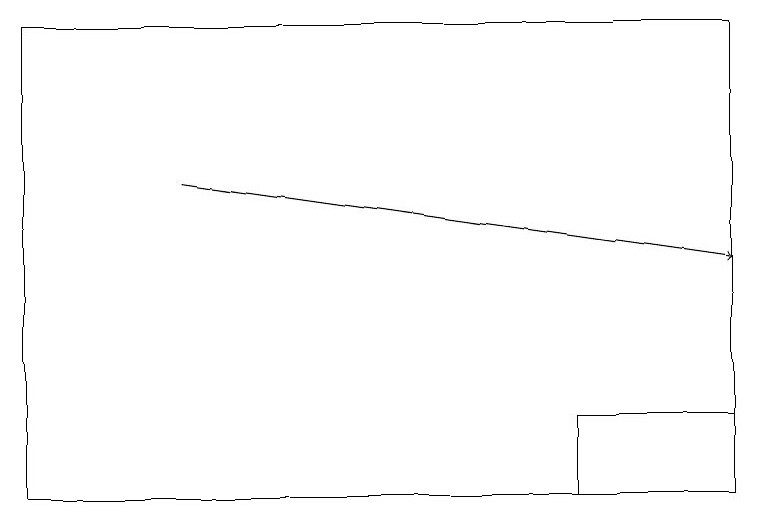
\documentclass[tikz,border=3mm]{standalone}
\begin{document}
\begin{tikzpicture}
\draw (7,13) rectangle (9,12);
\draw (9,18) rectangle (0,12);
\draw[->] (2,16) -- (9,15);
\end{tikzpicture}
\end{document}